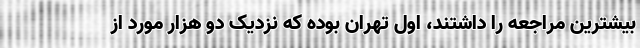
بیشترین مراجعه را داشتند، اول تهران بوده که نزدیک دو هزار مورد از